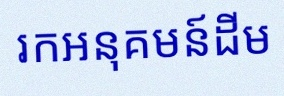
រកអនុគមន៍ដើម